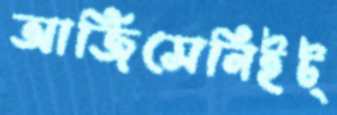
আর্জিসেনিইট্